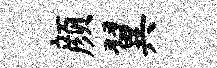
颜翼